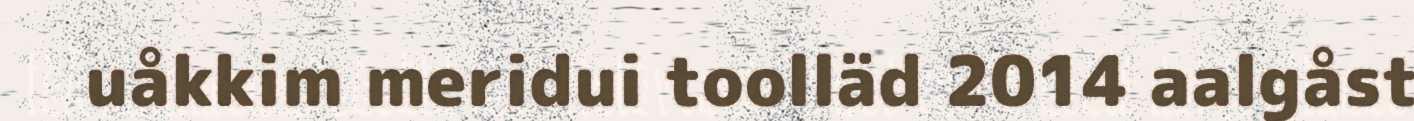
uåkkim meridui toolläd 2014 aalgåst